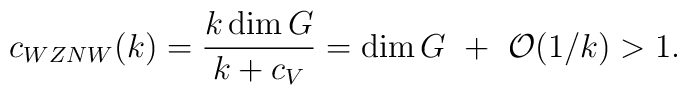
c_{WZNW}(k)={k\dim G\over k+c_V}=\dim G~+~{\cal O}(1/k)>1.